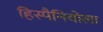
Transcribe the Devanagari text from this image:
हिस्पैनियोला